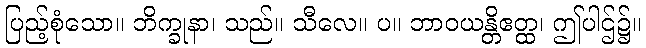
ပြည့်စုံသော။ ဘိက္ခုနာ၊ သည်။ သီလေ။ ပ။ ဘာဝယန္တိဧတ္ထ၊ ဤပါဌ်၌။